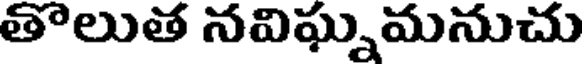
తొలుత నవిఘ్నమనుచు